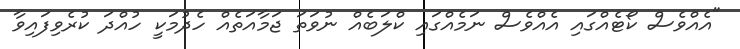
"އެއްވެސް ކޯޓެއްގައި އެއްވެސް ނަމެއްގައި ކްލަބެއް ނުވަތަ ޖަމާއަތެއް ހެދުމަކީ ހުއްދަ ކުރެވިފައިވާ